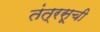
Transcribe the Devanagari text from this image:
तंत्रसूची